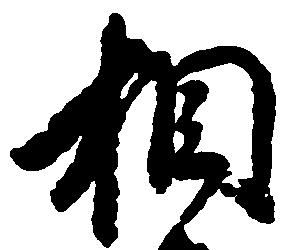
相